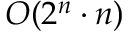
O ( 2 ^ { n } \cdot n )